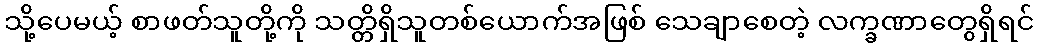
သို့ပေမယ့် စာဖတ်သူတို့ကို သတ္တိရှိသူတစ်ယောက်အဖြစ် သေချာစေတဲ့ လက္ခဏာတွေရှိရင်